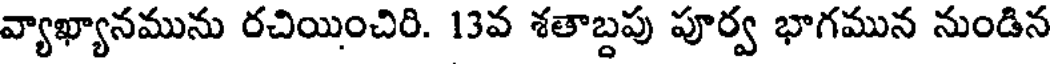
వ్యాఖ్యానమును రచియించిరి. 13వ శతాబ్దపు పూర్వ భాగమున నుండిన